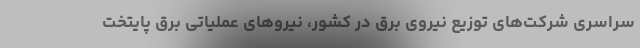
سراسری شرکت‌های توزیع نیروی برق در کشور، نیروهای عملیاتی برق پایتخت